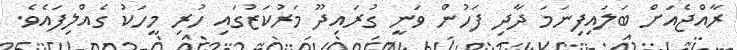
ރާއްޖެއަށް ބަލައިފިނަމަ ދާދި ފަހުން ވަނީ ގުރައިދޫ މަރުކަޒުގައި ހުރި މީހަކު ގެއްލިފައެވެ.